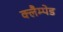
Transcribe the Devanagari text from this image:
क्लैम्पेड